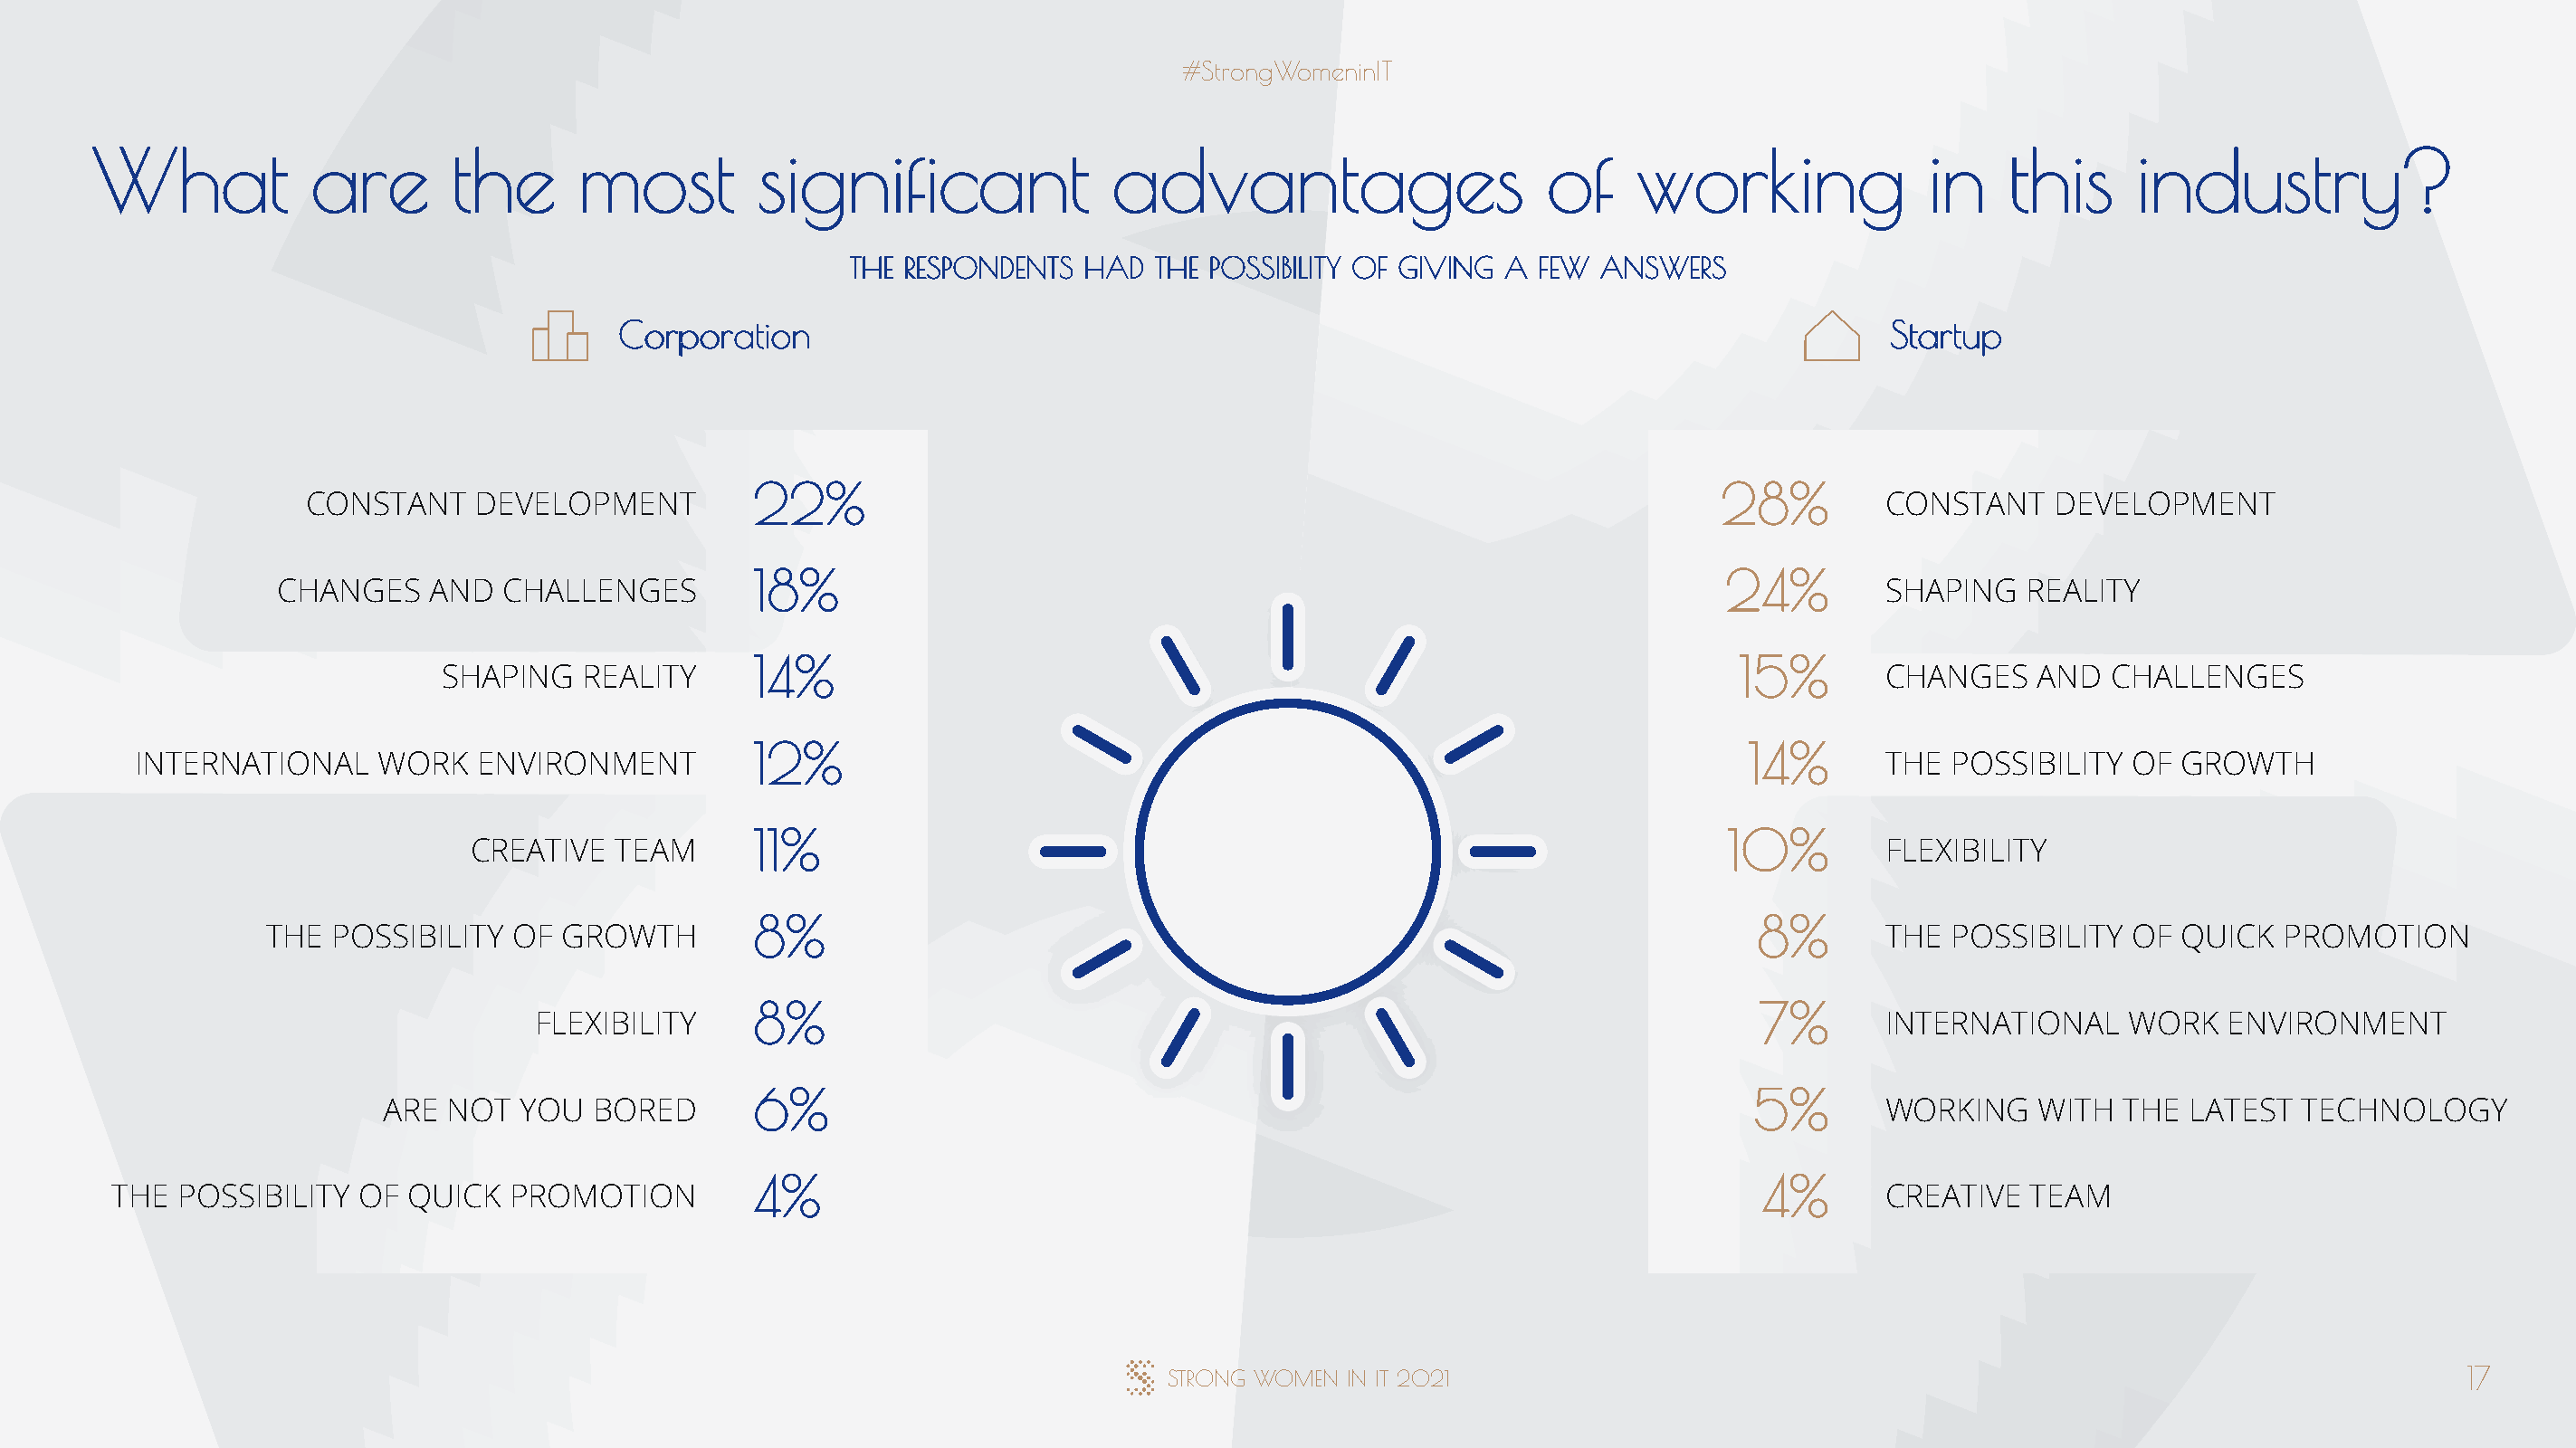
#StrongWomeninIT
 What            are       the      most         significant               advantages                      of     working              in    this     industry?
 THE RESPONDENTS  HAD  THE POSSIBILITY OF GIVING A  FEW ANSWERS
 Corporation                                                                                  Startup
 22%                                                                    28%
 CONSTANT     DEVELOPMENT                                                                                            CONSTANT    DEVELOPMENT
 18%                                                                    24%
 CHANGES    AND   CHALLENGES                                                                                           SHAPING   REALITY
 14%                                                                     15%
 SHAPING    REALITY                                                                                        CHANGES    AND  CHALLENGES
 12%                                                                      14%
 INTERNATIONAL     WORK   ENVIRONMENT                                                                                            THE  POSSIBILITY  OF  GROWTH
 11%                                                                    10%
 CREATIVE   TEAM                                                                                         FLEXIBILITY
 8%                                                                        8%
 THE  POSSIBILITY   OF GROWTH                                                                                           THE  POSSIBILITY  OF  QUICK  PROMOTION
 8%                                                                        7%
 FLEXIBILITY                                                                                        INTERNATIONAL     WORK   ENVIRONMENT
 6%                                                                       5%
 ARE  NOT  YOU  BORED                                                                                          WORKING    WITH  THE  LATEST  TECHNOLOGY
 4%                                                                        4%
 THE  POSSIBILITY  OF  QUICK  PROMOTION                                                                                            CREATIVE   TEAM
 STRONG WOMEN  IN IT 2021                                                                       17